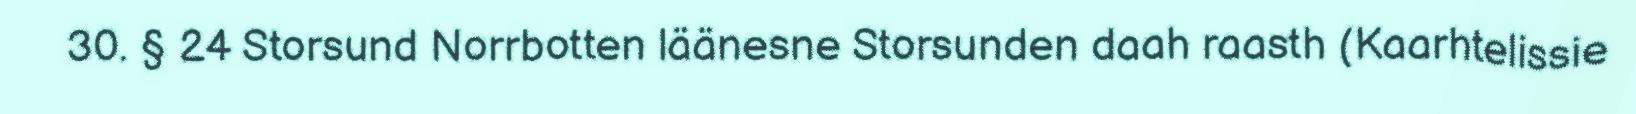
30. § 24 Storsund Norrbotten läänesne Storsunden daah raasth (Kaarhtelissie